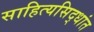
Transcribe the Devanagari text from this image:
साहित्यसिद्धांत